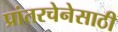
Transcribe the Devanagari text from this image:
प्रांतरचेनेसाठी